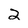
Character: 2